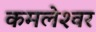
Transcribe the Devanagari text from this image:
कमलेश्‍वर